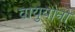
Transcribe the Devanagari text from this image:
वायुयानो